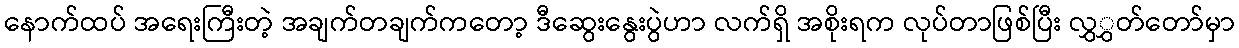
နောက်ထပ် အရေးကြီးတဲ့ အချက်တချက်ကတော့ ဒီဆွေးနွေးပွဲဟာ လက်ရှိ အစိုးရက လုပ်တာဖြစ်ပြီး လွှွှတ်တော်မှာ